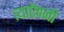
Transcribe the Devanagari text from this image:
त्याऎवजी